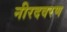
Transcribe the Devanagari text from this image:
नीरदवरण